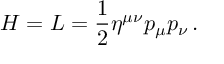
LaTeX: H = L = \frac { 1 } { 2 } \eta ^ { \mu \nu } p _ { \mu } p _ { \nu } \, .